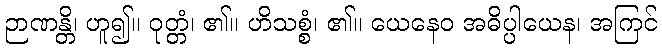
ဉာဏန္တိ၊ ဟူ၍။ ဝုတ္တံ၊ ၏။ ဟိသစ္စံ၊ ၏။ ယေနေဝ အဓိပ္ပါယေန၊ အကြင်